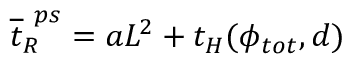
\overline { { t } } _ { R } ^ { \ p s } = a L ^ { 2 } + t _ { H } ( \phi _ { t o t } , d )